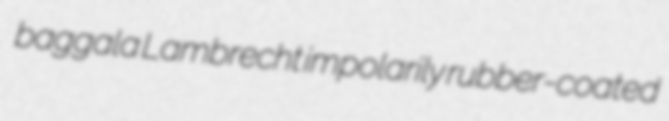
baggala Lambrecht impolarily rubber-coated